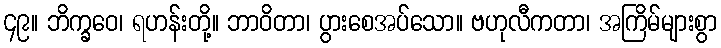
၄၉။ ဘိက္ခဝေ၊ ရဟန်းတို့။ ဘာဝိတာ၊ ပွားစေအပ်သော။ ဗဟုလီကတာ၊ အကြိမ်များစွာ